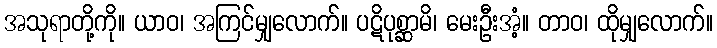
အသုရာတို့ကို။ ယာဝ၊ အကြင်မျှလောက်။ ပဋိပုစ္ဆာမိ၊ မေးဦးအံ့။ တာဝ၊ ထိုမျှလောက်။